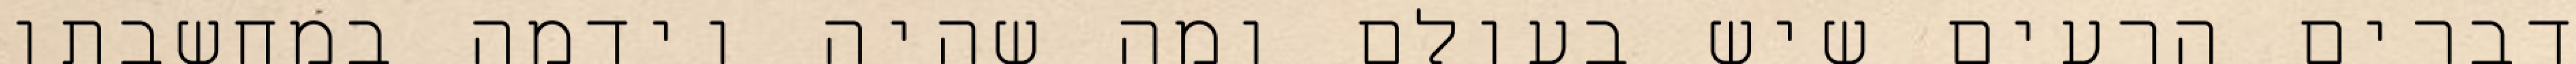
דברים הרעים שיש בעולם ומה שהיה וידמה במחשבתו